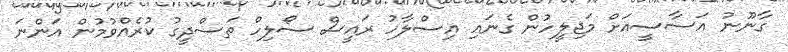
ގާނޫނު އަސާސީއަށް މަޖިލީހުން ގެނައި އިސްލާހު ރައީސް ސޯލިހް ތަސްދީގު ކުރެއްވުމުން އަންނަ